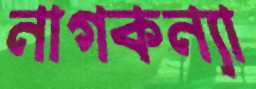
নাগকন্যা